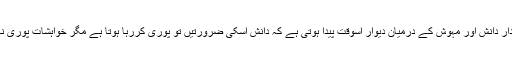
جس میں کردار دانش اور مہوش کے درمیان دیوار اسوقت پیدا ہوتی ہے کہ دانش اسکی ضرورتیں تو پوری کررہا ہوتا ہے مگر خواہشات پوری نہیں کرسکتا ۔